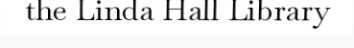
the Linda Hall Library